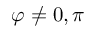
\varphi \neq 0 , \pi